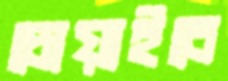
চোয়াইবে